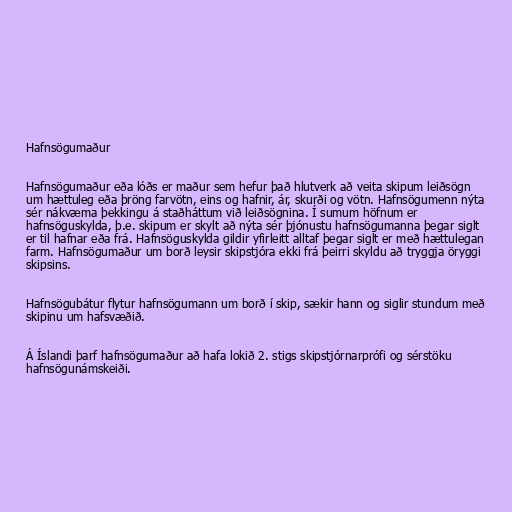
Hafnsögumaður

Hafnsögumaður eða lóðs er maður sem hefur það hlutverk að veita skipum leiðsögn
um hættuleg eða þröng farvötn, eins og hafnir, ár, skurði og vötn. Hafnsögumenn nýta
sér nákvæma þekkingu á staðháttum við leiðsögnina. Í sumum höfnum er
hafnsöguskylda, þ.e. skipum er skylt að nýta sér þjónustu hafnsögumanna þegar siglt
er til hafnar eða frá. Hafnsöguskylda gildir yfirleitt alltaf þegar siglt er með hættulegan
farm. Hafnsögumaður um borð leysir skipstjóra ekki frá þeirri skyldu að tryggja öryggi
skipsins.

Hafnsögubátur flytur hafnsögumann um borð í skip, sækir hann og siglir stundum með
skipinu um hafsvæðið.

Á Íslandi þarf hafnsögumaður að hafa lokið 2. stigs skipstjórnarprófi og sérstöku
hafnsögunámskeiði.